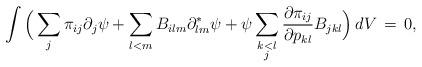
LaTeX: \begin{align*}\int \Big(\sum_j \pi_{ij}\partial_j\psi + \sum_{l<m} B_{ilm}\partial^*_{lm}\psi + \psi \sum_{\substack{k<l\\j}} \frac{\partial \pi_{ij}}{\partial p_{kl}} B_{jkl}\Big)\,dV\,=\,0, \end{align*}